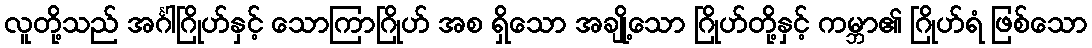
လူတို့သည် အင်္ဂါဂြိုဟ်နှင့် သောကြာဂြိုဟ် အစ ရှိသော အချို့သော ဂြိုဟ်တို့နှင့် ကမ္ဘာ၏ ဂြိုဟ်ရံ ဖြစ်သော